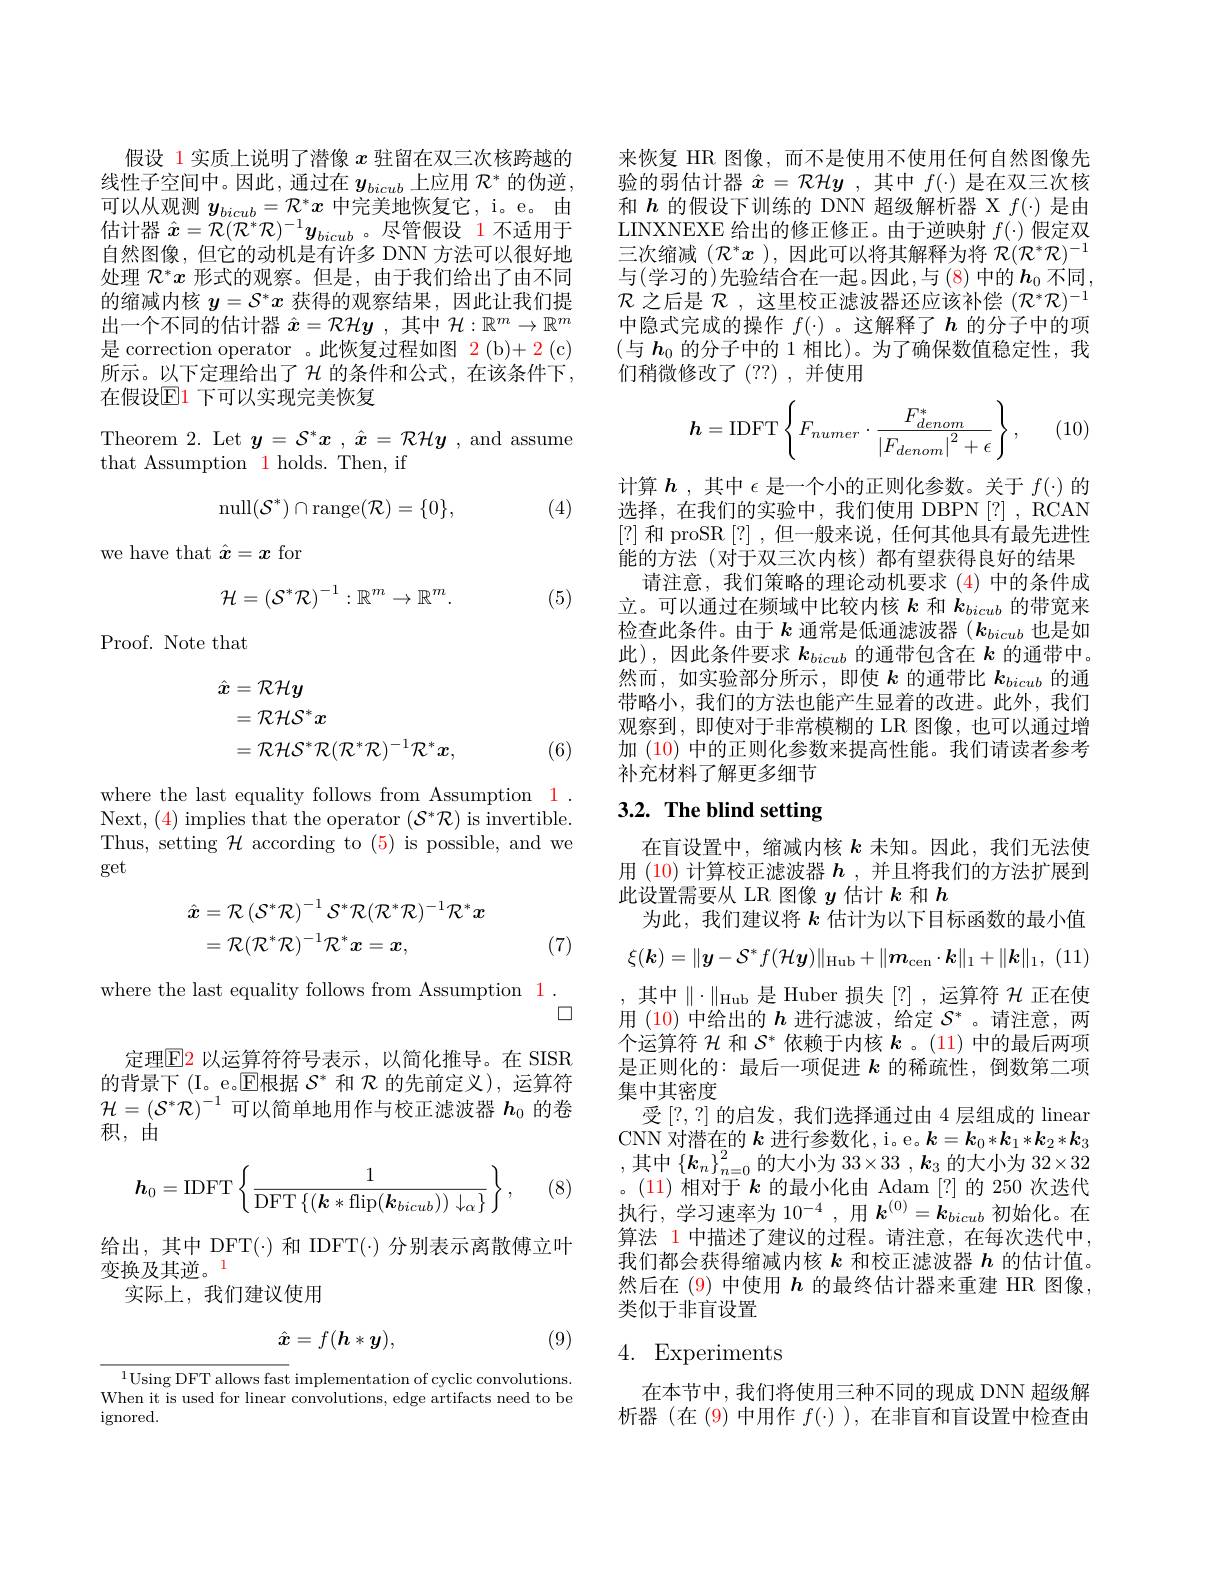
假设 1 实质上说明了潜像$x$驻留在双三次核跨越的线性子空间中。因此，通过在$y_bicub$上应用$\mathcal{R}^*$的伪逆， 可以从观测$y_bicub=\mathcal{R}^*x$中完美地恢复它，i。e。由估计器$\hat{x}=\mathcal{R}(\mathcal{R}^*\mathcal{R})^{-1}y_{bicub}$。尽管假设 1不适用于自然图像，但它的动机是有许多 DNN 方法可以很好地处理$\mathcal{R}^*x$形式的观察。但是，由于我们给出了由不同的缩减内核$y=\mathcal{S}^*x$获得的观察结果，因此让我们提出一个不同的估计器$\hat{x}=\mathcal{R}\mathcal{H}\boldsymbol{y}$ ,其中$\mathcal{H}:\mathbb{R}^m\to\mathbb{R}^m$ 是 correction operator 。此恢复过程如图 2 (b)+ 2 (c) 所示。以下定理给出了$\mathcal{H}$ 的条件和公式，在该条件下， 在假设$\mathbb{E}$1 下可以实现完美恢复

Theorem 2. Let $y= \mathcal{S} ^* x$ $, \hat{x} = \mathcal{R} \mathcal{H} \boldsymbol{y}$ , and assume

that Assumption 1 holds. Then, if
$$\mathrm{null}(\mathcal{S}^{*})\cap\mathrm{range}(\mathcal{R})=\{0\},$$
(4)

we have that $\hat{x}=\boldsymbol x$ for
$$\mathcal{H}=\left(\mathcal{S}^{*}\mathcal{R}\right)^{-1}:\mathbb{R}^{m}\to\mathbb{R}^{m}.$$
(5)

Proof. Note that
$$\begin{aligned}\hat{\boldsymbol{x}}&=\mathcal{RH}y\\&=\mathcal{RHS}^{*}x\\&=\mathcal{RHS}^{*}\mathcal{R}(\mathcal{R}^{*}\mathcal{R})^{-1}\mathcal{R}^{*}\boldsymbol{x},\end{aligned}$$
(6)

where the last equality follows from Assumption 1. Next, ( 4) implies that the operator ( $S^* R$) is invertible. Thus, setting $\mathcal{H}$ according to (5) is possible, and we get
$$\begin{aligned}\hat{\boldsymbol{x}}&=\mathcal{R}\left(\mathcal{S}^{*}\mathcal{R}\right)^{-1}\mathcal{S}^{*}\mathcal{R}(\mathcal{R}^{*}\mathcal{R})^{-1}\mathcal{R}^{*}\boldsymbol{x}\\&=\mathcal{R}(\mathcal{R}^{*}\mathcal{R})^{-1}\mathcal{R}^{*}\boldsymbol{x}=\boldsymbol{x},\end{aligned}$$
(7)

where the last equality follows from Assumption 1.
$\square$

定理$\boxed{\mathrm{F2}}$以运算符符号表示，以简化推导。在 SISR 的背景下(I。e。$\overline{\mathbb{E}}$根据$\mathcal{S}^*$和$\mathcal{R}$的先前定义),运算符$\mathcal{H}=(\mathcal{S}^{*}\mathcal{R})^{-1}$可以简单地用作与校正滤波器 $h_0$ 的卷积，由
$$\boldsymbol{h}_{0}=\mathrm{IDFT}\left\{\frac{1}{\mathrm{DFT}\left\{(\boldsymbol{k}*\mathrm{flip}(\boldsymbol{k}_{bicub}))\downarrow_{\alpha}\right\}}\right\},$$
(8

给出，其中 DFT(·) 和 IDFT(·) 分别表示离散傅立叶
变换及其逆。1
实际上，我们建议使用
$$\hat{\boldsymbol{x}}=f(h*y),$$
(9)

$^{1}$Using DFT allows fast implementation of cyclic convolutions. When it is used for linear convolutions, edge artifacts need to be $\operatorname{ignored}.$

来恢复 HR 图像，而不是使用不使用任何自然图像先验的弱估计器$\hat{x}=\mathcal{RH}y$ ,其中$f(\cdot)$是在双三次核和$h$的假设下训练的 DNN 超级解析器 X $f(\cdot)$是由LINXNEXE 给出的修正修正。由于逆映射$f(\cdot)$假定双三次缩减($\mathcal{R}^*x$ ),因此可以将其解释为将$\mathcal{R}(\mathcal{R}^*\mathcal{R})^-1$ 与(学习的)先验结合在一起。因此，与 (8) 中的 $h_0$ 不同$\mathcal{R}$之后是$\mathcal{R}$,这里校正滤波器还应该补偿$(\mathcal{R}^*\mathcal{R})^-1$ 中隐式完成的操作 $f(\cdot)$ 。这解释了$h$ 的分子中的项(与 $\boldsymbol{h}_0$ 的分子中的 1 相比)。为了确保数值稳定性，我们稍微修改了(??),并使用
$$\boldsymbol{h}=\mathrm{IDFT}\left\{F_{numer}\cdot\frac{F_{denom}^*}{\left|F_{denom}\right|^2+\epsilon}\right\},$$
(10)

计算$h$ ,其中$\epsilon$是一个小的正则化参数。关于$f(\cdot)$的选择，在我们的实验中，我们使用 DBPN[?],RCAN [?]和 proSR [?] ,但一般来说，任何其他具有最先进性能的方法 (对于双三次内核)都有望获得良好的结果
请注意，我们策略的理论动机要求 (4)中的条件成立。可以通过在频域中比较内核$k$和$k_{bicub}$的带宽来检查此条件。由于$k$通常是低通滤波器 ($k_{bicub}$也是如此),因此条件要求$k_{bicub}$的通带包含在$k$的通带中。然而，如实验部分所示，即使$k$的通带比$k_{bicub}$的通带略小，我们的方法也能产生显着的改进。此外，我们观察到，即使对于非常模糊的 LR 图像，也可以通过增加(10)中的正则化参数来提高性能。我们请读者参考补充材料了解更多细节

# 3.2. The blind setting

在盲设置中，缩减内核$k$未知。因此，我们无法使用 (10) 计算校正滤波器$h$ ,并且将我们的方法扩展到此设置需要从 LR 图像$y$估计$k$和$h$
为此，我们建议将$k$估计为以下目标函数的最小值
$$\xi(\boldsymbol{k})=\|\boldsymbol{y}-\mathcal{S}^{*}f(\mathcal{H}\boldsymbol{y})\|_{\mathrm{Hub}}+\|\boldsymbol{m}_{\mathrm{cen}}\cdot\boldsymbol{k}\|_{1}+\|\boldsymbol{k}\|_{1},$$
,其中$\|\cdot\|_\mathrm{Hub}$ 是 Huber 损失[?],运算符$\mathcal{H}$ 正在使用 (10) 中给出的$h$进行滤波，给定$\mathcal{S}^*$ 。请注意，两个运算符$\mathcal{H}$和$\mathcal{S}^*$依赖于内核$\boldsymbol k$ 。(11) 中的最后两项是正则化的：最后一项促进$k$的稀疏性，倒数第二项集中其密度
受[?,?] 的启发，我们选择通过由 4 层组成的 linear CNN 对潜在的$k$进行参数化，i。e。$k=\boldsymbol{k}_0*\boldsymbol{k}_1*\boldsymbol{k}_2*\boldsymbol{k}_3$ ,其中$\left\{\boldsymbol k_n\right\}_n=0^2$的大小为 33$\times33,\boldsymbol k_3$ 的大小为 $32\times32$ 。(11) 相对于$k$的最小化由 Adam [?]的 250 次迭代执行，学习速率为$10^{-4}$ ,用$k^{(0)}=\boldsymbol{k}_{bicub}$初始化。在算法 1 中描述了建议的过程。请注意，在每次迭代中， 我们都会获得缩减内核$k$和校正滤波器$h$的估计值。然后在 (9) 中使用$h$的最终估计器来重建 HR 图像， 类似于非盲设置

# 4. Experiments

在本节中，我们将使用三种不同的现成 DNN 超级解析器(在(9)中用作$f(\cdot)$ ),在非盲和盲设置中检查由